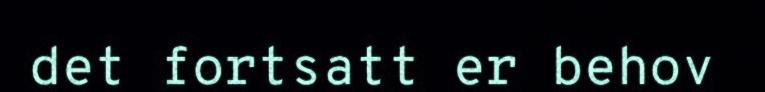
det fortsatt er behov